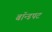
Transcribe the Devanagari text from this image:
बॉन्डपट